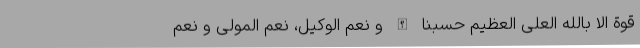
قوة الا بالله العلی العظیم حسبنا الله و نعم الوکیل، نعم المولی و نعم